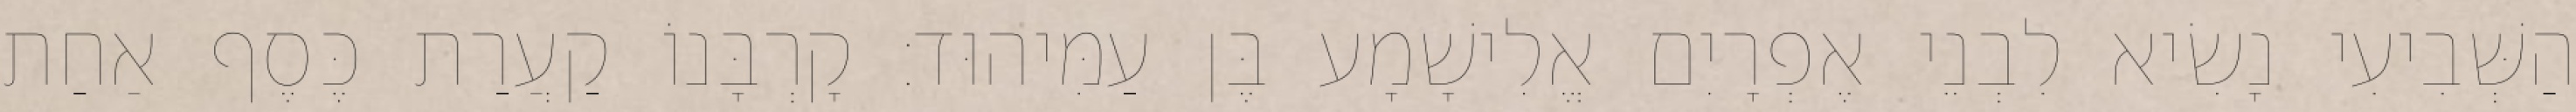
הַשְּׁבִיעִי נָשִׂיא לִבְנֵי אֶפְרָיִם אֱלִישָׁמָע בֶּן עַמִּיהוּד׃ קָרְבָּנוֹ קַעֲרַת כֶּסֶף אַחַת